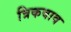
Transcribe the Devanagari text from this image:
त्रिकवाव